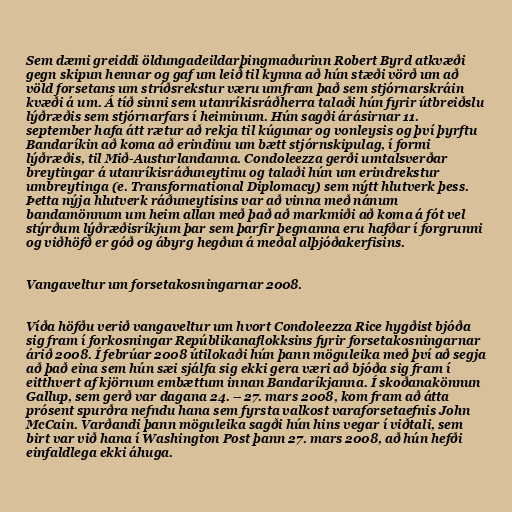
Sem dæmi greiddi öldungadeildarþingmaðurinn Robert Byrd atkvæði
gegn skipun hennar og gaf um leið til kynna að hún stæði vörð um að
völd forsetans um stríðsrekstur væru umfram það sem stjórnarskráin
kvæði á um. Á tíð sinni sem utanríkisráðherra talaði hún fyrir útbreiðslu
lýðræðis sem stjórnarfars í heiminum. Hún sagði árásirnar 11.
september hafa átt rætur að rekja til kúgunar og vonleysis og því þyrftu
Bandaríkin að koma að erindinu um bætt stjórnskipulag, í formi
lýðræðis, til Mið-Austurlandanna. Condoleezza gerði umtalsverðar
breytingar á utanríkisráðuneytinu og talaði hún um erindrekstur
umbreytinga (e. Transformational Diplomacy) sem nýtt hlutverk þess.
Þetta nýja hlutverk ráðuneytisins var að vinna með nánum
bandamönnum um heim allan með það að markmiði að koma á fót vel
stýrðum lýðræðisríkjum þar sem þarfir þegnanna eru hafðar í forgrunni
og viðhöfð er góð og ábyrg hegðun á meðal alþjóðakerfisins.

Vangaveltur um forsetakosningarnar 2008.

Víða höfðu verið vangaveltur um hvort Condoleezza Rice hygðist bjóða
sig fram í forkosningar Repúblikanaflokksins fyrir forsetakosningarnar
árið 2008. Í febrúar 2008 útilokaði hún þann möguleika með því að segja
að það eina sem hún sæi sjálfa sig ekki gera væri að bjóða sig fram í
eitthvert af kjörnum embættum innan Bandaríkjanna. Í skoðanakönnun
Gallup, sem gerð var dagana 24. – 27. mars 2008, kom fram að átta
prósent spurðra nefndu hana sem fyrsta valkost varaforsetaefnis John
McCain. Varðandi þann möguleika sagði hún hins vegar í viðtali, sem
birt var við hana í Washington Post þann 27. mars 2008, að hún hefði
einfaldlega ekki áhuga.